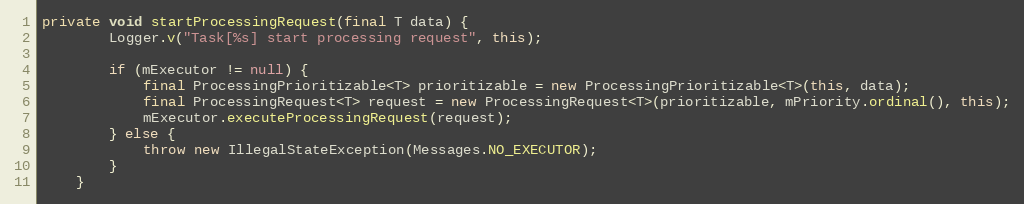
Language: Java
private void startProcessingRequest(final T data) {
        Logger.v("Task[%s] start processing request", this);

        if (mExecutor != null) {
            final ProcessingPrioritizable<T> prioritizable = new ProcessingPrioritizable<T>(this, data);
            final ProcessingRequest<T> request = new ProcessingRequest<T>(prioritizable, mPriority.ordinal(), this);
            mExecutor.executeProcessingRequest(request);
        } else {
            throw new IllegalStateException(Messages.NO_EXECUTOR);
        }
    }